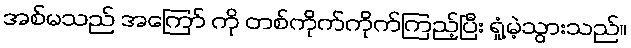
အစ်မသည် အကြော် ကို တစ်ကိုက်ကိုက်ကြည့်ပြီး ရှုံ့မဲ့သွားသည်။